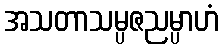
အသတာသမ္ပဇညမ္ပာဟံ